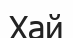
Хай